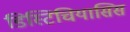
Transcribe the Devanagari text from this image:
डिस्टिचियासिस